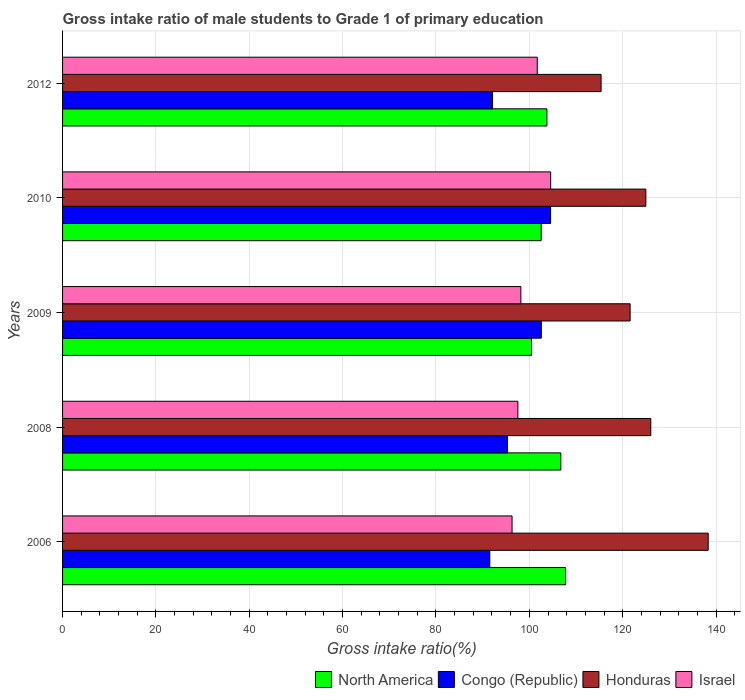
| Years | North America | Congo (Republic) | Honduras | Israel |
 | --- | --- | --- | --- | --- |
 | 2006 | 108 | 91.5 | 138 | 96.3 |
 | 2008 | 107 | 95.3 | 126 | 97.5 |
 | 2009 | 100 | 103 | 122 | 98.2 |
 | 2010 | 103 | 105 | 125 | 105 |
 | 2012 | 104 | 92.1 | 115 | 102 |